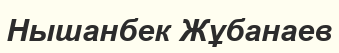
Нышанбек Жұбанаев